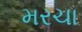
મરચા